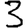
Digit: 3